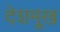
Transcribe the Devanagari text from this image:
देशमूख